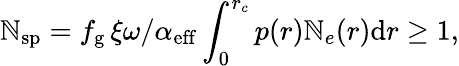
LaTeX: \mathbb{N}_{\mathrm{{sp}}}=f_{\mathrm{{g}}}\, \xi\omega/\alpha_{\mathrm{{eff}}}\int_{0}^{r_{c}}p(r)\mathbb{N}_{e}(r)\mathrm{{d}}r\geq1,